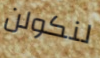
لنكولن